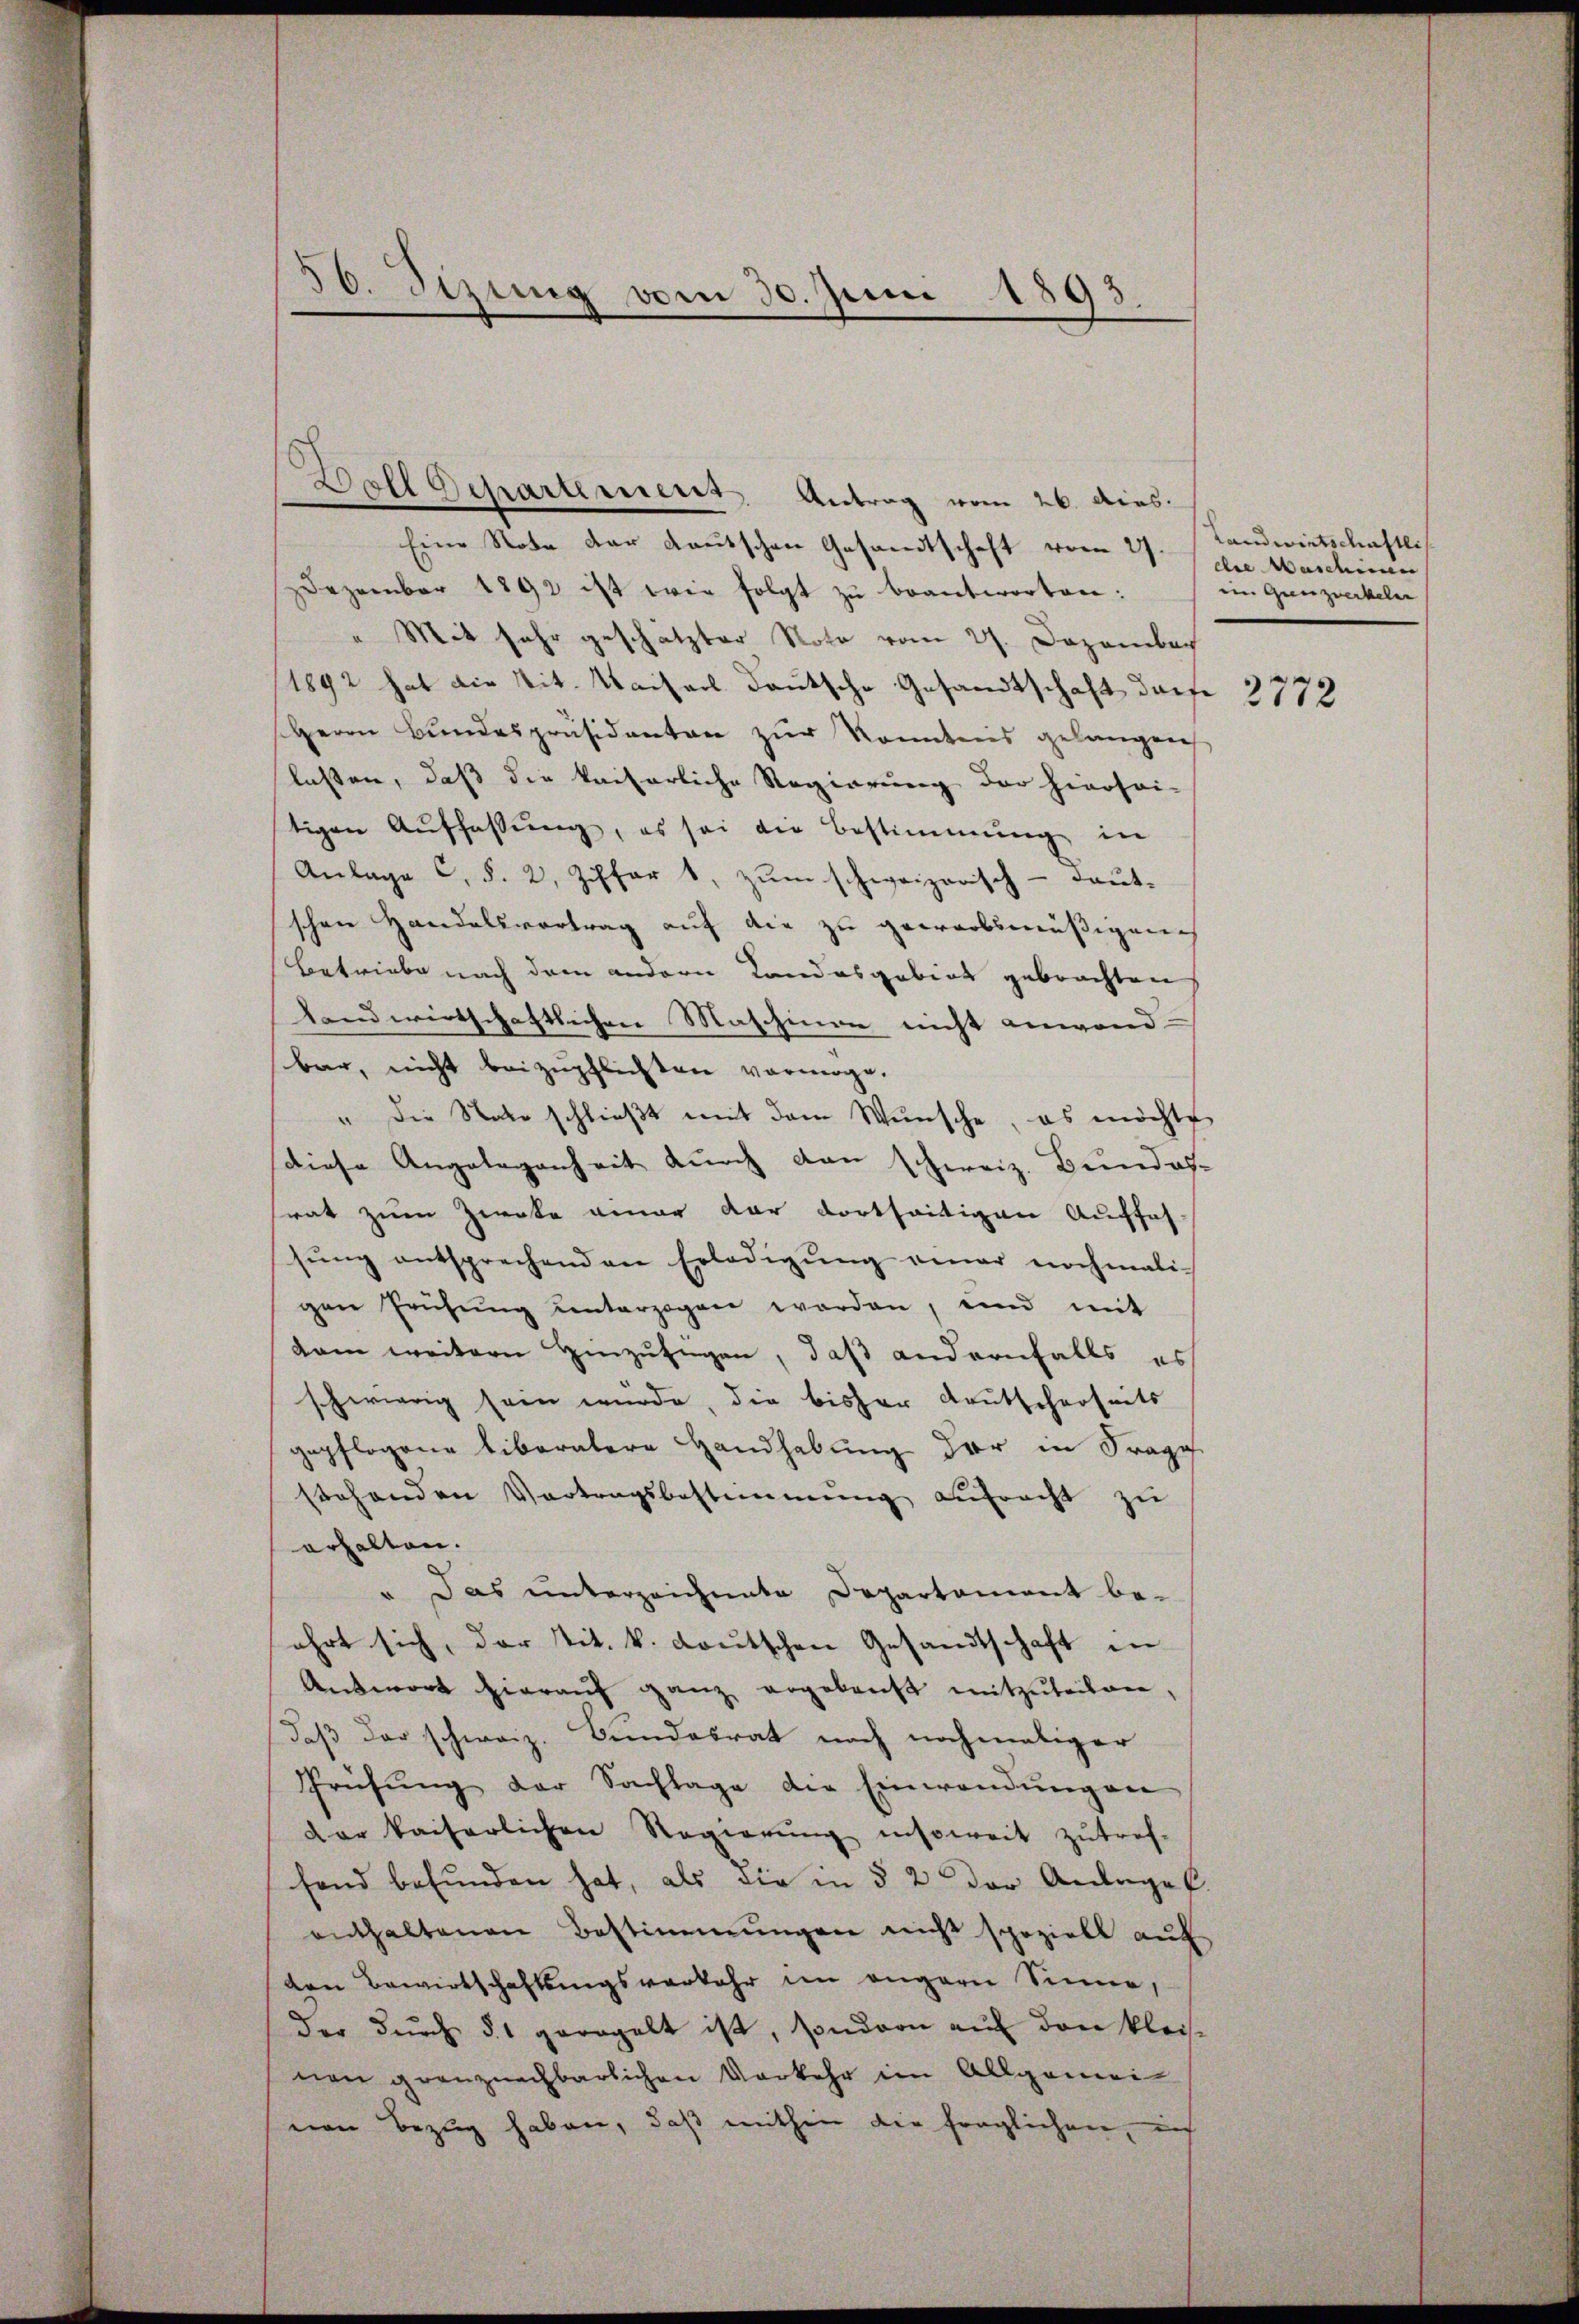
50. Sitzung vom 30. Juni 1893.

Bell Departement, Antrag vom 26. dies.
Eine Note der deutschen Gesandtschaft vom 27.
Dezember 1892 ist wie folgt zu beantworten:
" Mit sehr geschätzter Note vom 27. Dezember
1892 hat die Tit. Kaiserl deutsche Gesandtschaft darfe 3772
Herrn Bundespräsidenten zur Kenntnis gelangen
lassen, daß die kaiserliche Regierung der hiersei-
tigen Auffassung, es sei die Bestimmung in
Anlage C. §. 2. Ziffer 1, zum schweizerisch-deut-
schen Handelsvortrag auf die zu gewarbsmäßigen
Betriebe nach dem andern Landesgebiet gebrachten
landwirtschaftlichen Maschinen nicht anwand
bar, nicht beizupflichten vermöge.
" die Note schlieβt mit dem Wünsche, es möchte
diese Angelegenheit durch den schweiz. Bundes-
srat zum Zweke einer dar dortseitigen Auffas-
sŭng entsprechenden Erledigŭng einer nochmaligen Frühŭng unterzogen worden, und mit
dam weiteren Hinzufügen, daß andernfalls es
schwierig sein wurde, die bisher Deutscherseits
gepflogene liberatere Handhabung der in Frage
stehenden Vortragsbestimmung aŭfracht zu
erhalten.
" Das unterzeichnete Departement be-
ehrt sich, der tit. k. Lautschen Gesandtschaft in
Antwort hieraŭf ganz angekauft mitzuteilen,
daß der schweiz. Bundesrat noch nochmaliger
Prüfŭng der Sachlage die Einwendŭngen
der kaiserlichen Regierŭng insoweit zutref-
fand befunden hat, als die in § 2 der Anlage.
enthaltenen Bestimmungen nicht speziell auf
den Bewirtschaftungsverkehr im angern Sinne,
der dŭrch §. geregelt ist, sondern auf den kleisnen grenznachbarlichen Vorkehr im Allgemei
nen Bezug haben, daß mithin die fraglichen, in

Landwirtschaftli
die Maschinei
ein Grenzweckeln